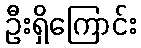
ဦးရှိကြောင်း